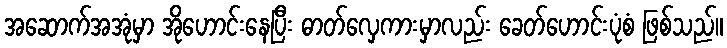
အဆောက်အအုံမှာ အိုဟောင်းနေပြီး ဓာတ်လှေကားမှာလည်း ခေတ်ဟောင်းပုံစံ ဖြစ်သည်။